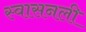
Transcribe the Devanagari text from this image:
स्वासनली